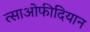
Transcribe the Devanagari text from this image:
त्साओफीदियान